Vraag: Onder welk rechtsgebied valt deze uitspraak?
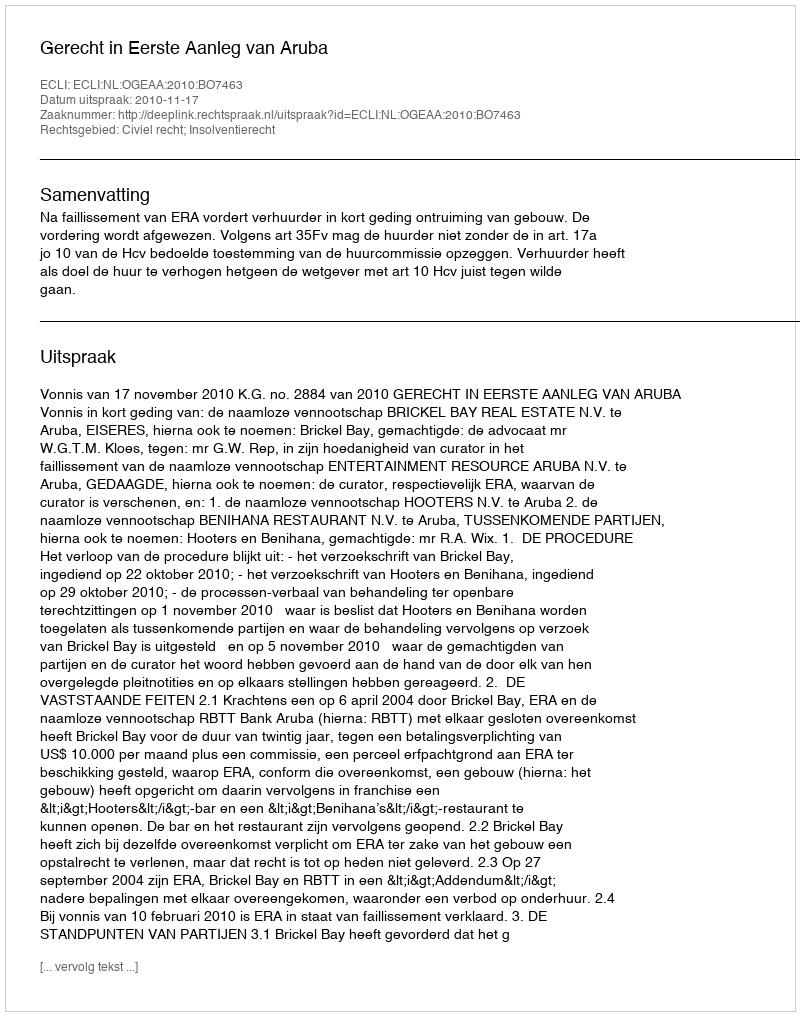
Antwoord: Civiel recht; Insolventierecht